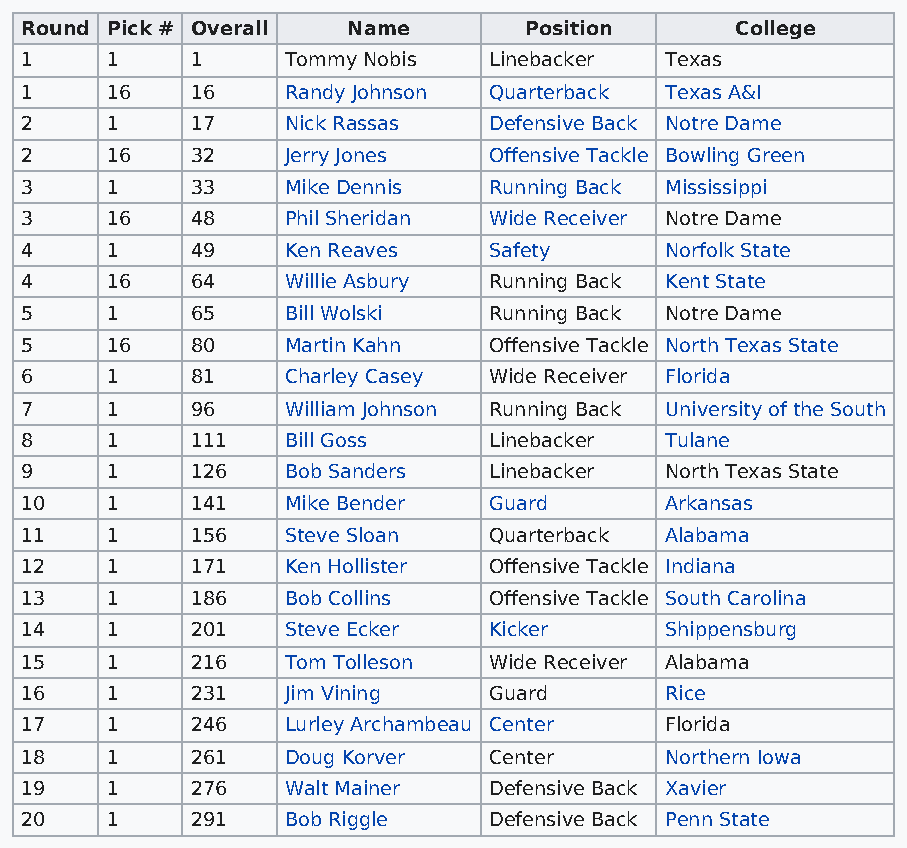
Round Pick # Overall  Name        Position      College
 1     1     1     Tommy Nobis  Linebacker  Texas
 1     16    16    Randy Johnson Quarterback Texas A&I
 2     1     17    Nick Rassas  Defensive Back Notre Dame
 2     16    32    Jerry Jones  Offensive Tackle Bowling Green
 3     1     33    Mike Dennis  Running Back Mississippi
 3     16    48    Phil Sheridan Wide Receiver Notre Dame
 4     1     49    Ken Reaves   Safety      Norfolk State
 4     16    64    Willie Asbury Running Back Kent State
 5     1     65    Bill Wolski  Running Back Notre Dame
 5     16    80    Martin Kahn  Offensive Tackle North Texas State
 6     1     81    Charley Casey Wide Receiver Florida
 7     1     96    William Johnson Running Back University of the South
 8     1     111   Bill Goss    Linebacker  Tulane
 9     1     126   Bob Sanders  Linebacker  North Texas State
 10    1     141   Mike Bender  Guard       Arkansas
 11    1     156   Steve Sloan  Quarterback Alabama
 12    1     171   Ken Hollister Offensive Tackle Indiana
 13    1     186   Bob Collins  Offensive Tackle South Carolina
 14    1     201   Steve Ecker  Kicker      Shippensburg
 15    1     216   Tom Tolleson Wide Receiver Alabama
 16    1     231   Jim Vining   Guard       Rice
 17    1     246   Lurley Archambeau Center Florida
 18    1     261   Doug Korver  Center      Northern Iowa
 19    1     276   Walt Mainer  Defensive Back Xavier
 20    1     291   Bob Riggle   Defensive Back Penn State